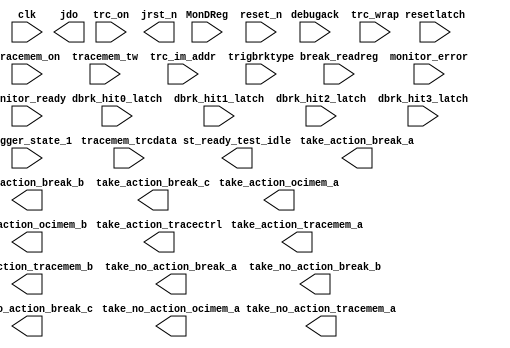
module cpu_jtag_debug_module_wrapper (
                                       // inputs:
                                        MonDReg,
                                        break_readreg,
                                        clk,
                                        dbrk_hit0_latch,
                                        dbrk_hit1_latch,
                                        dbrk_hit2_latch,
                                        dbrk_hit3_latch,
                                        debugack,
                                        monitor_error,
                                        monitor_ready,
                                        reset_n,
                                        resetlatch,
                                        tracemem_on,
                                        tracemem_trcdata,
                                        tracemem_tw,
                                        trc_im_addr,
                                        trc_on,
                                        trc_wrap,
                                        trigbrktype,
                                        trigger_state_1,

                                       // outputs:
                                        jdo,
                                        jrst_n,
                                        st_ready_test_idle,
                                        take_action_break_a,
                                        take_action_break_b,
                                        take_action_break_c,
                                        take_action_ocimem_a,
                                        take_action_ocimem_b,
                                        take_action_tracectrl,
                                        take_action_tracemem_a,
                                        take_action_tracemem_b,
                                        take_no_action_break_a,
                                        take_no_action_break_b,
                                        take_no_action_break_c,
                                        take_no_action_ocimem_a,
                                        take_no_action_tracemem_a
                                     )
;

  output  [ 37: 0] jdo;
  output           jrst_n;
  output           st_ready_test_idle;
  output           take_action_break_a;
  output           take_action_break_b;
  output           take_action_break_c;
  output           take_action_ocimem_a;
  output           take_action_ocimem_b;
  output           take_action_tracectrl;
  output           take_action_tracemem_a;
  output           take_action_tracemem_b;
  output           take_no_action_break_a;
  output           take_no_action_break_b;
  output           take_no_action_break_c;
  output           take_no_action_ocimem_a;
  output           take_no_action_tracemem_a;
  input   [ 31: 0] MonDReg;
  input   [ 31: 0] break_readreg;
  input            clk;
  input            dbrk_hit0_latch;
  input            dbrk_hit1_latch;
  input            dbrk_hit2_latch;
  input            dbrk_hit3_latch;
  input            debugack;
  input            monitor_error;
  input            monitor_ready;
  input            reset_n;
  input            resetlatch;
  input            tracemem_on;
  input   [ 35: 0] tracemem_trcdata;
  input            tracemem_tw;
  input   [  6: 0] trc_im_addr;
  input            trc_on;
  input            trc_wrap;
  input            trigbrktype;
  input            trigger_state_1;

  wire    [ 37: 0] jdo;
  wire             jrst_n;
  wire             st_ready_test_idle;
  wire             take_action_break_a;
  wire             take_action_break_b;
  wire             take_action_break_c;
  wire             take_action_ocimem_a;
  wire             take_action_ocimem_b;
  wire             take_action_tracectrl;
  wire             take_action_tracemem_a;
  wire             take_action_tracemem_b;
  wire             take_no_action_break_a;
  wire             take_no_action_break_b;
  wire             take_no_action_break_c;
  wire             take_no_action_ocimem_a;
  wire             take_no_action_tracemem_a;

//synthesis translate_off
//////////////// SIMULATION-ONLY CONTENTS
  cpu_jtag_debug_module the_cpu_jtag_debug_module
    (
      .MonDReg                   (MonDReg),
      .break_readreg             (break_readreg),
      .clk                       (clk),
      .clrn                      (reset_n),
      .dbrk_hit0_latch           (dbrk_hit0_latch),
      .dbrk_hit1_latch           (dbrk_hit1_latch),
      .dbrk_hit2_latch           (dbrk_hit2_latch),
      .dbrk_hit3_latch           (dbrk_hit3_latch),
      .debugack                  (debugack),
      .ena                       (1'b0),
      .ir_in                     (2'b0),
      .jdo                       (jdo),
      .jrst_n                    (jrst_n),
      .jtag_state_sdr            (1'b0),
      .jtag_state_udr            (1'b0),
      .monitor_error             (monitor_error),
      .monitor_ready             (monitor_ready),
      .raw_tck                   (1'b0),
      .reset_n                   (reset_n),
      .resetlatch                (resetlatch),
      .rti                       (1'b0),
      .shift                     (1'b0),
      .st_ready_test_idle        (st_ready_test_idle),
      .take_action_break_a       (take_action_break_a),
      .take_action_break_b       (take_action_break_b),
      .take_action_break_c       (take_action_break_c),
      .take_action_ocimem_a      (take_action_ocimem_a),
      .take_action_ocimem_b      (take_action_ocimem_b),
      .take_action_tracectrl     (take_action_tracectrl),
      .take_action_tracemem_a    (take_action_tracemem_a),
      .take_action_tracemem_b    (take_action_tracemem_b),
      .take_no_action_break_a    (take_no_action_break_a),
      .take_no_action_break_b    (take_no_action_break_b),
      .take_no_action_break_c    (take_no_action_break_c),
      .take_no_action_ocimem_a   (take_no_action_ocimem_a),
      .take_no_action_tracemem_a (take_no_action_tracemem_a),
      .tdi                       (1'b0),
      .tracemem_on               (tracemem_on),
      .tracemem_trcdata          (tracemem_trcdata),
      .tracemem_tw               (tracemem_tw),
      .trc_im_addr               (trc_im_addr),
      .trc_on                    (trc_on),
      .trc_wrap                  (trc_wrap),
      .trigbrktype               (trigbrktype),
      .trigger_state_1           (trigger_state_1),
      .update                    (1'b0),
      .usr1                      (1'b0)
    );


//////////////// END SIMULATION-ONLY CONTENTS

//synthesis translate_on
//synthesis read_comments_as_HDL on
//  cpu_jtag_debug_module the_cpu_jtag_debug_module1
//    (
//      .MonDReg                   (MonDReg),
//      .break_readreg             (break_readreg),
//      .clk                       (clk),
//      .dbrk_hit0_latch           (dbrk_hit0_latch),
//      .dbrk_hit1_latch           (dbrk_hit1_latch),
//      .dbrk_hit2_latch           (dbrk_hit2_latch),
//      .dbrk_hit3_latch           (dbrk_hit3_latch),
//      .debugack                  (debugack),
//      .jdo                       (jdo),
//      .jrst_n                    (jrst_n),
//      .monitor_error             (monitor_error),
//      .monitor_ready             (monitor_ready),
//      .reset_n                   (reset_n),
//      .resetlatch                (resetlatch),
//      .st_ready_test_idle        (st_ready_test_idle),
//      .take_action_break_a       (take_action_break_a),
//      .take_action_break_b       (take_action_break_b),
//      .take_action_break_c       (take_action_break_c),
//      .take_action_ocimem_a      (take_action_ocimem_a),
//      .take_action_ocimem_b      (take_action_ocimem_b),
//      .take_action_tracectrl     (take_action_tracectrl),
//      .take_action_tracemem_a    (take_action_tracemem_a),
//      .take_action_tracemem_b    (take_action_tracemem_b),
//      .take_no_action_break_a    (take_no_action_break_a),
//      .take_no_action_break_b    (take_no_action_break_b),
//      .take_no_action_break_c    (take_no_action_break_c),
//      .take_no_action_ocimem_a   (take_no_action_ocimem_a),
//      .take_no_action_tracemem_a (take_no_action_tracemem_a),
//      .tracemem_on               (tracemem_on),
//      .tracemem_trcdata          (tracemem_trcdata),
//      .tracemem_tw               (tracemem_tw),
//      .trc_im_addr               (trc_im_addr),
//      .trc_on                    (trc_on),
//      .trc_wrap                  (trc_wrap),
//      .trigbrktype               (trigbrktype),
//      .trigger_state_1           (trigger_state_1)
//    );
//
//synthesis read_comments_as_HDL off

endmodule